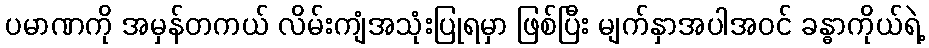
ပမာဏကို အမှန်တကယ် လိမ်းကျံအသုံးပြုရမှာ ဖြစ်ပြီး မျက်နှာအပါအဝင် ခန္ဓာကိုယ်ရဲ့